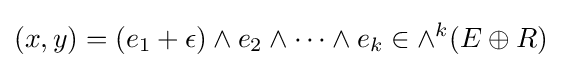
(x,y)=(e_{1}+\epsilon )\wedge e_{2}\wedge \cdots \wedge e_{k}\in \wedge ^{k}(E\oplus R)